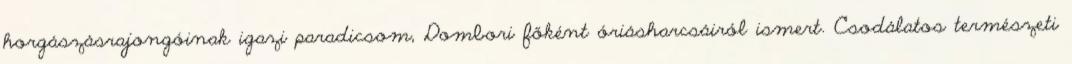
horgászásrajongóinak igazi paradicsom, Dombori főként óriásharcsáiról ismert. Csodálatos természeti